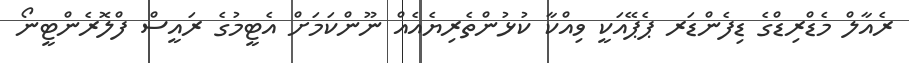
ރެއާލް މެޑްރިޑްގެ ޑިފެންޑަރ ޕެޕޭއަކީ ވިއްކާ ކުޅުންތެރިޔެއެއް ނޫންކަމަށް އެޓީމުގެ ރައީސް ފްލޮރެންޓީނޯ